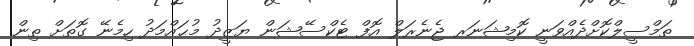
ތަމްސީލްކޮށްދެއްވަނީ ކޮމިޝަނަރ ޖެނެރަލް އޮފް ޓެކްސޭޝަން ޔަޒީދު މުޙައްމަދު ހިމެނޭ ގޮތަށް ތިން